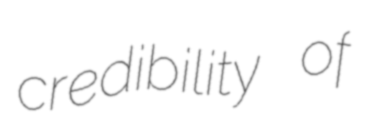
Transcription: credibility of